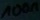
Text: 100µ